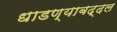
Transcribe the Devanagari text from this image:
धाडण्याबद्दल